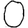
Digit: 0